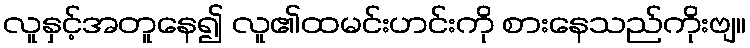
လူနှင့်အတူနေ၍ လူ၏ထမင်းဟင်းကို စားနေသည်ကိုးဗျ။